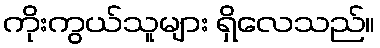
ကိုးကွယ်သူများ ရှိလေသည်။